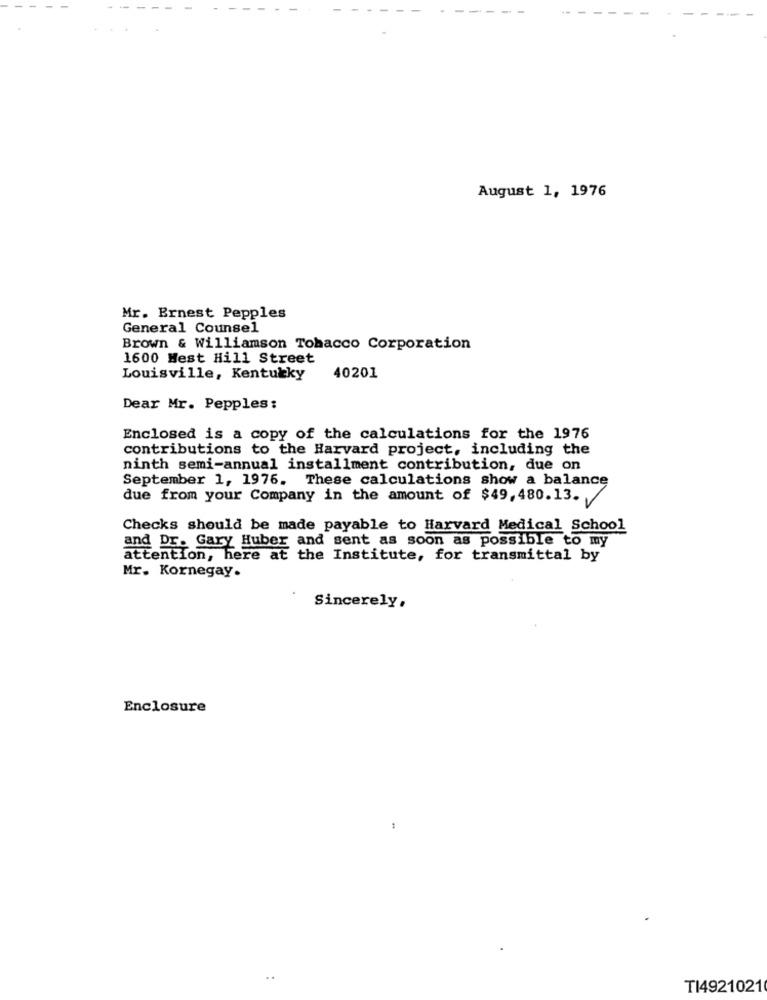
August 1, 1976
Mr. Ernest Pepples
General Counsel
Brown & Williamson Tobacco Corporation
1600 Mest Hill Street
Louisville, Kentucky
40201
Dear Mr. Pepples:
Enclosed is a copy of the calculations for the 1976
contributions to the Harvard project, including the
ninth semi-annual installment contribution, due on
September 1, 1976. These calculations show a balance
due from your Company in the amount of $49, 480.13.
Checks should be made payable to Harvard Medical School
and Dr. Gary Huber and sent as soon as possible to my
attention, here at the Institute, for transmittal by
Mr. Kornegay.
Sincerely,
Enclosure
TI4921021